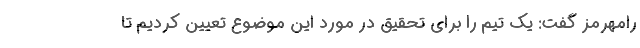
رامهرمز گفت: یک تیم را برای تحقیق در مورد این موضوع تعیین کردیم تا